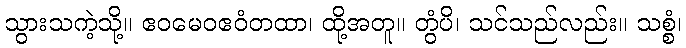
သွားသကဲ့သို့။ ဧဝမေဝဧဝံတထာ၊ ထို့အတူ။ တွံပိ၊ သင်သည်လည်း။ သစ္စံ၊